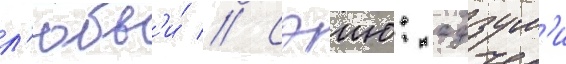
л'юбв'и́ // Сэию: адзум'и